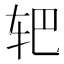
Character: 𰹻